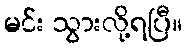
မင်း သွားလို့ရပြီ။